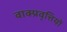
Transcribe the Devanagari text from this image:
वाक्प्रवृत्तियों